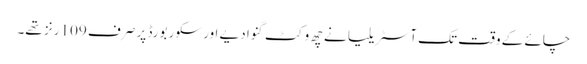
چائے کے وقت تک آسٹریلیا نے چھ وکٹ گنوا دیے اور سکور بورڈ پر صرف 109 رنز تھے۔